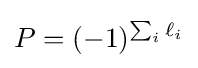
P=(-1)^{\sum _{i}\ell _{i}}